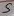
Text: 5